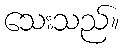
သေးသည်။